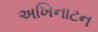
અખિનાટન